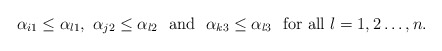
\begin{align*}\alpha_{i1}\le \alpha_{l 1}, \ \alpha_{j2}\le \alpha_{l 2}\ \mbox{ and }\ \alpha_{k3}\le \alpha_{l 3}\ \mbox{ for all }l=1,2\dots, n.\end{align*}